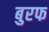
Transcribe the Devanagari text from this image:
बुरफ